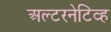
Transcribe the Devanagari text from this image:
अल्टरनेटिव्ह